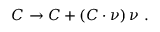
C \to C + ( C \cdot \nu ) \, \nu \ .